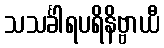
သသင်္ခါရပရိနိဗ္ဗာယီ